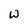
Character: W